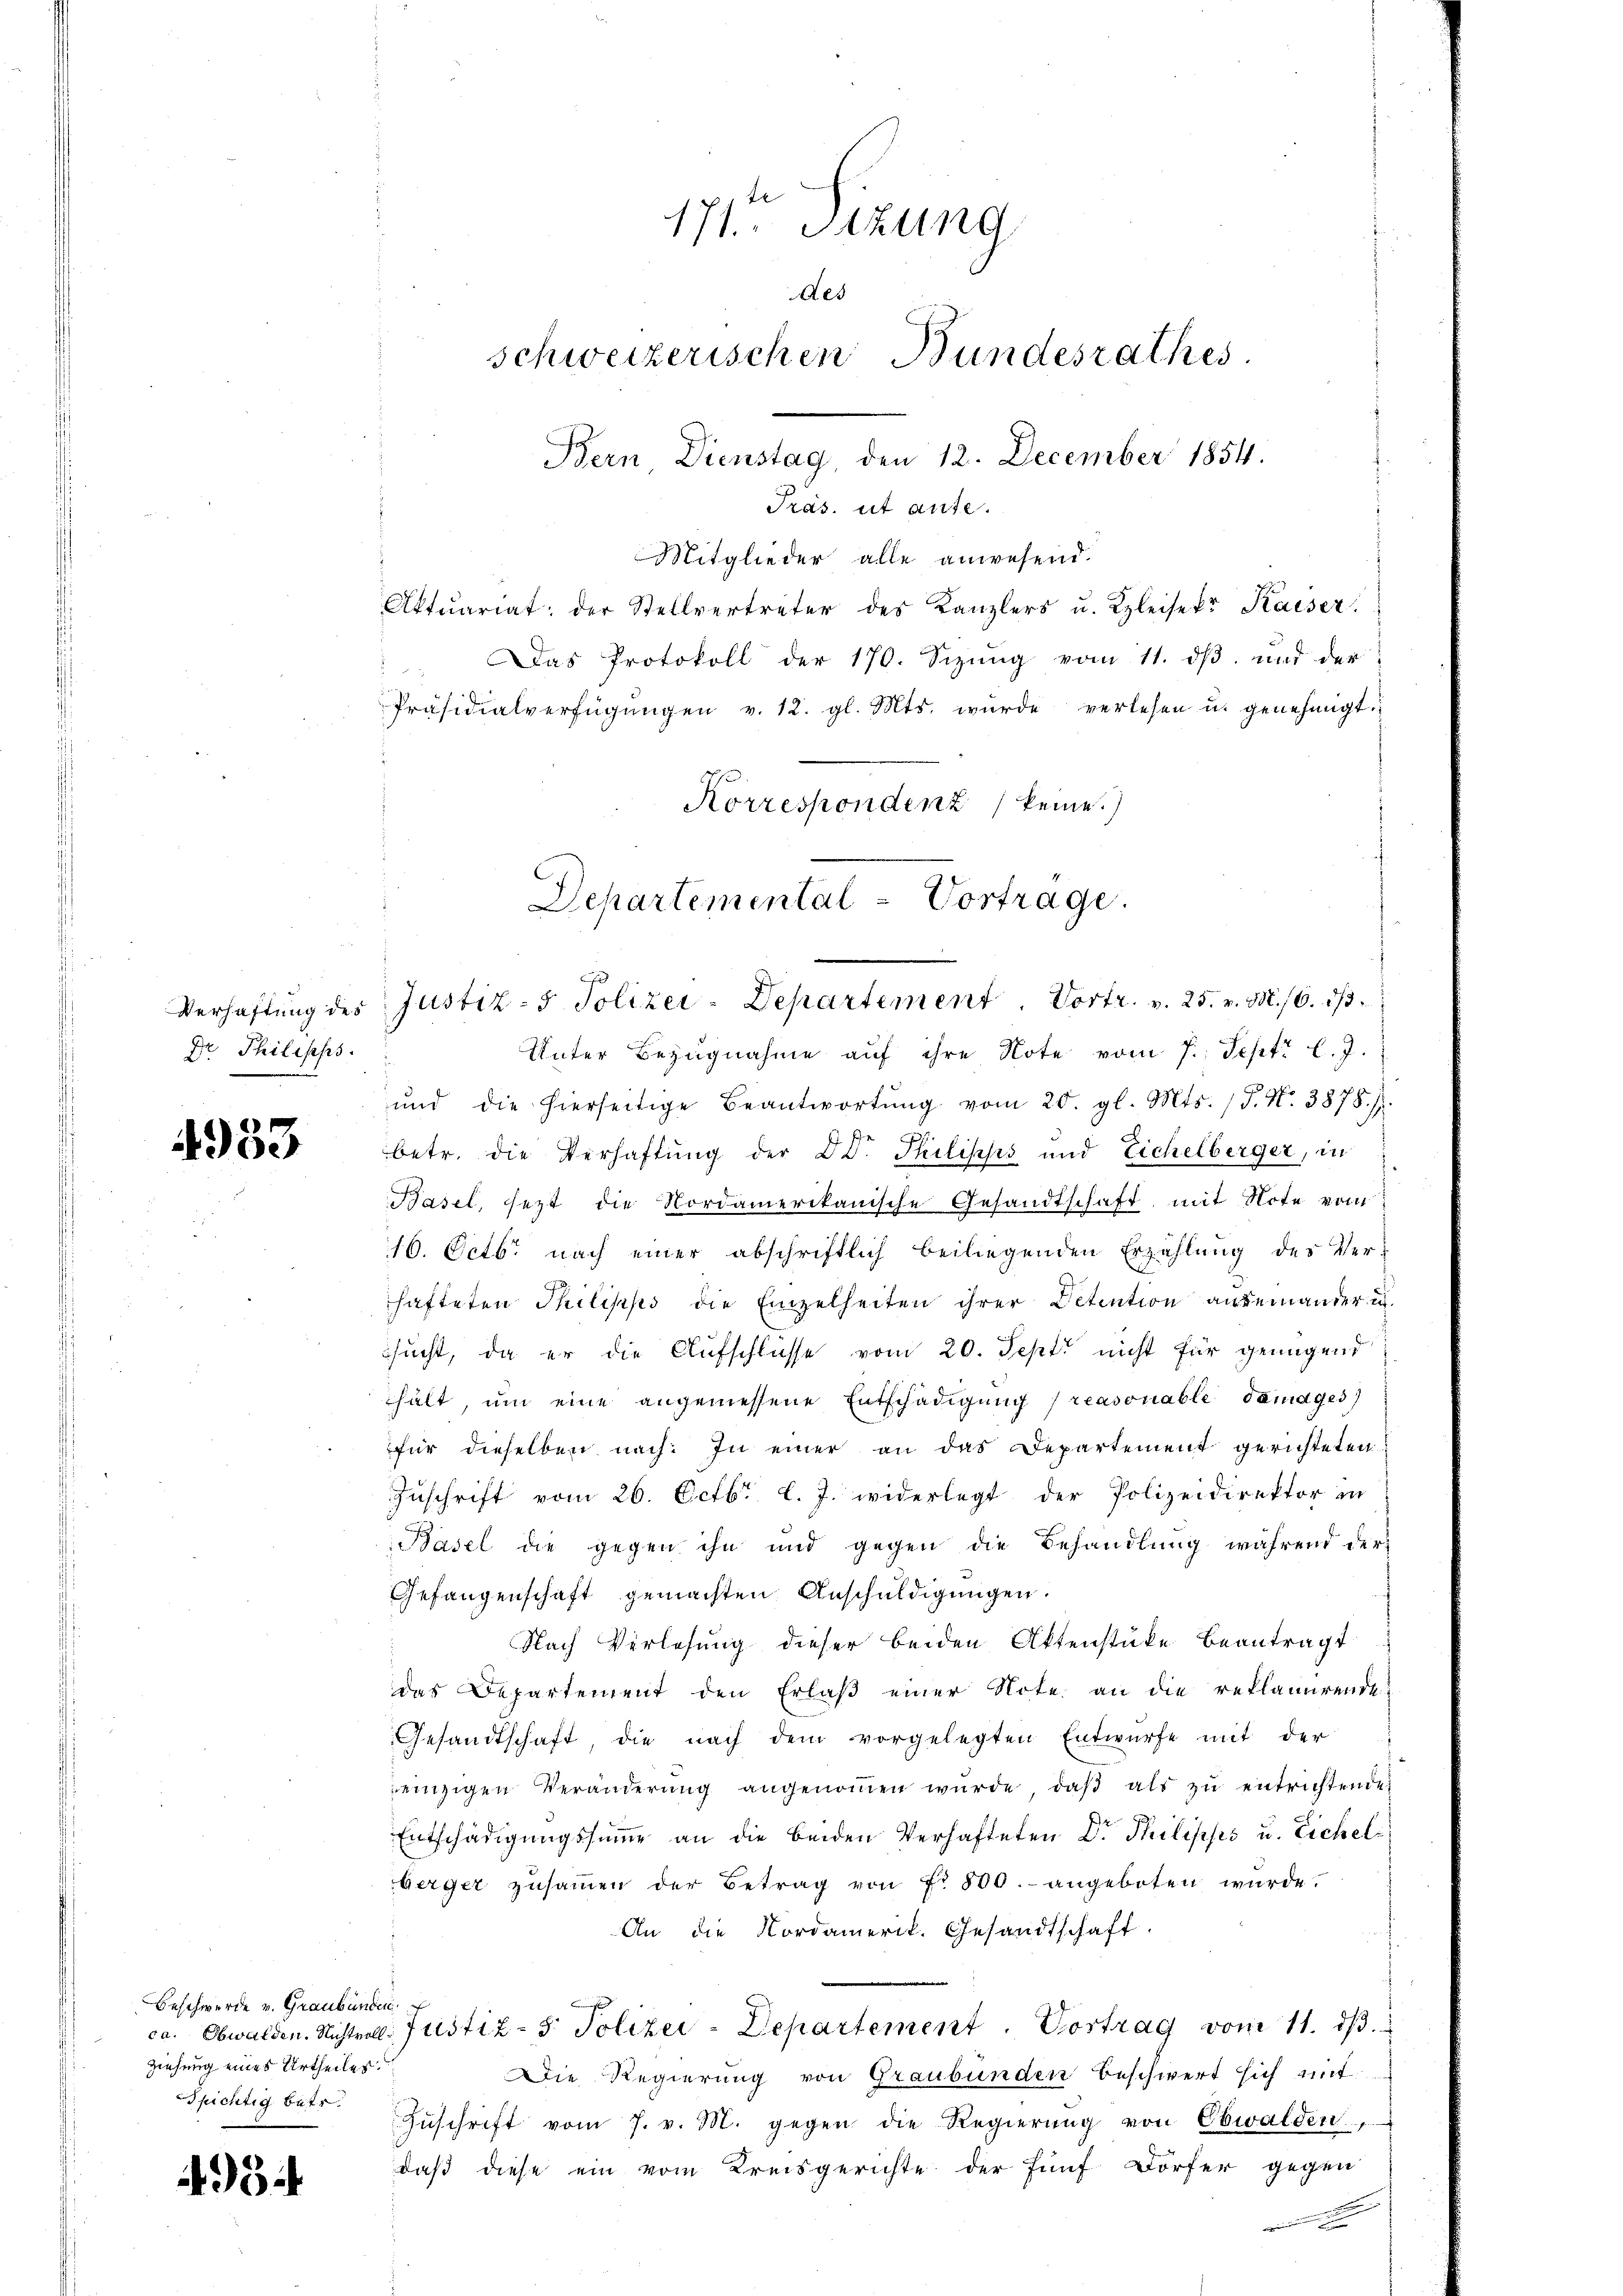
Dr. Philipps.

4953

Beschwerde v. Graubünden,
Ziehung eines Urtheiles.
pichtig betr.

934

171 Sizung
des
schweizerischen Bundesrathes.
Bern, Dienstag, den 12. December 1854.

Präs. et aufe.
Mitglieder alle anwesend.
Aktuariat der Stellvertreter des Kanzlers u. Kleisekr. Kaiser
 Das Protokoll der 170. Sizung vom 11. ds und der
Präsidialverfügŭngen v. 12. gl. Mts. wurde verlesen u. genehmigt.
Unter Bezugnahme aŭf ihre Note vom 7. Sept. l. J.
und die hierseitige Beantwortŭng vom 20. gl. Mts. (T. N. 3875. 1
.
betr. die Verhaftung der D. Philipps und Eichelberger, in
Basel, sezt die Nordamerikanische Gesandtschaft mit Note vom
16. Octb. nach einer abschriftlich beiliegenden Erzählung des Ver-
hafteten Philipps die Einzelheiten ihrer Detention auseinander u.
sucht, da er die Aufschlusse vom 20. Sept nicht für genügend
hält, ŭm eine angemessene Entschädigung (reasonable dandges)
für dieselben nach: In einer an das Departement gerichteten
Zuschrift vom 26. Octbr l. J. widerlegt der Polizeidirektor in
Basel die gegen ihn und gegen die Behandlung während der
Gefangenschaft gemachten Anschuldigungen.
Nach Verlesung dieser beiden Aktenstüke Beantragt
das Departement den Erlaβ einer Note an die reklamirende
Gesandtschaft, die nach dem vorgelegten Entwürfe mit der
einzigen Veränderŭng angenoṁen wŭrde, daβ als zŭ entrichtenden
Entschädigungssumme an die beiden Verhafteten Dr Philipps u. Eichelberger zŭsaṁen der Betrag von Fr. 800.- angeboten würde.
An die Nordamerik. Gesandtschaft.
ca. Obwalden. Nichter Justiz- & Polizei-Departement. Vortrag vom 11. dβ.
Die Regierung von Graubünden beschwert sich mit
Zŭschrift vom 7. v. M. gegen die Regierŭng von Obwalden,
daß diese ein vom Kreisgerichte der fünf Dörfer gegen

Korrespondenz keine
Departemental-Vortrage.
Verhaftung des Justiz- & Polizei-Departement. Vortr. v. 25. v. M. 16. dβ.